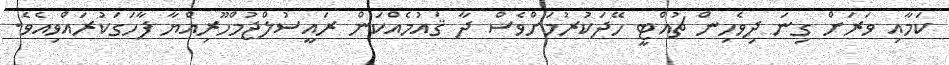
ކަމާއި ވަރަށް ގިނަ ދިވެހިން ޗުއްޓީ ހޭދަކުރުމަށްވެސް ދާ ޤައުމެއްކަން ރައީސުލްޖުމްހޫރިއްޔާ ފާހަގަކުރައްވިއެވެ.